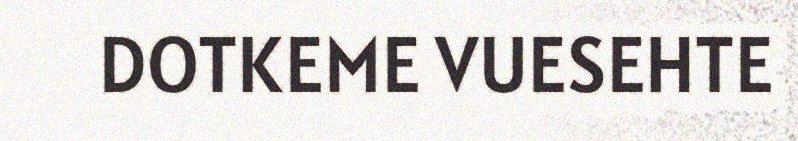
DOTKEME VUESEHTE